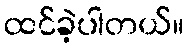
ထင်ခဲ့ပါတယ်။